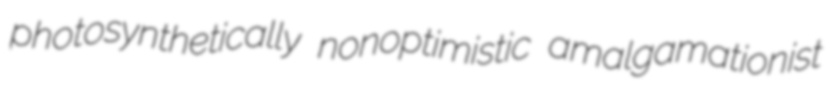
photosynthetically nonoptimistic amalgamationist